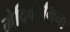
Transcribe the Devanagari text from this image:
मेदिकामिना